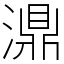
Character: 濎